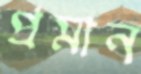
প্রমান